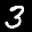
Label: 3